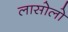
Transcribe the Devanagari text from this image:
लासोलो